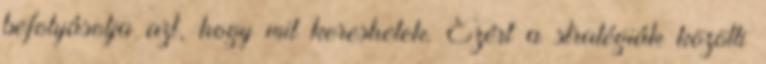
befolyásolja azt, hogy mit kereshetek. Ezért a stratégiák közötti